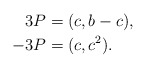
\begin{align*}3 P&=(c, b-c),\\- 3 P&=(c, c^2).\end{align*}